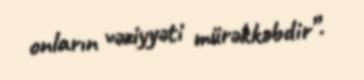
onların vəziyyəti mürəkkəbdir”.